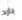
بارد